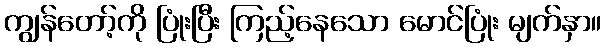
ကျွန်တော့်ကို ပြုံးပြီး ကြည့်နေသော မောင်ပြုံး မျက်နှာ။